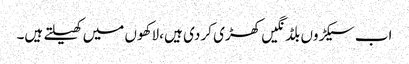
اب سیکڑوں بلڈنگیں کھڑی کر دی ہیں ،لاکھوں میں کھیلتے ہیں۔